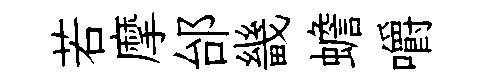
若摩邰畿蟾嚼